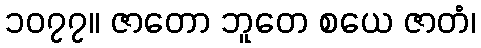
၁၀၇၇။ ဇာတော ဘူတေ စယေ ဇာတံ၊